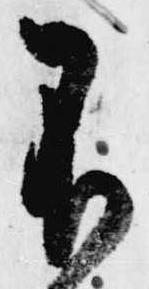
不